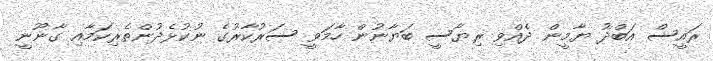
ރައީސް އަބްދު ޔާމީން ދެއްވި ރިޔާސީ ބަޔާނުން ހާމަވީ ސަރުކާރުގެ ނުކުޅެދުންތެރިކަމާއި ގާނޫނީ